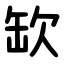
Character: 缼